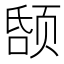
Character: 𬱤